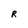
Character: R